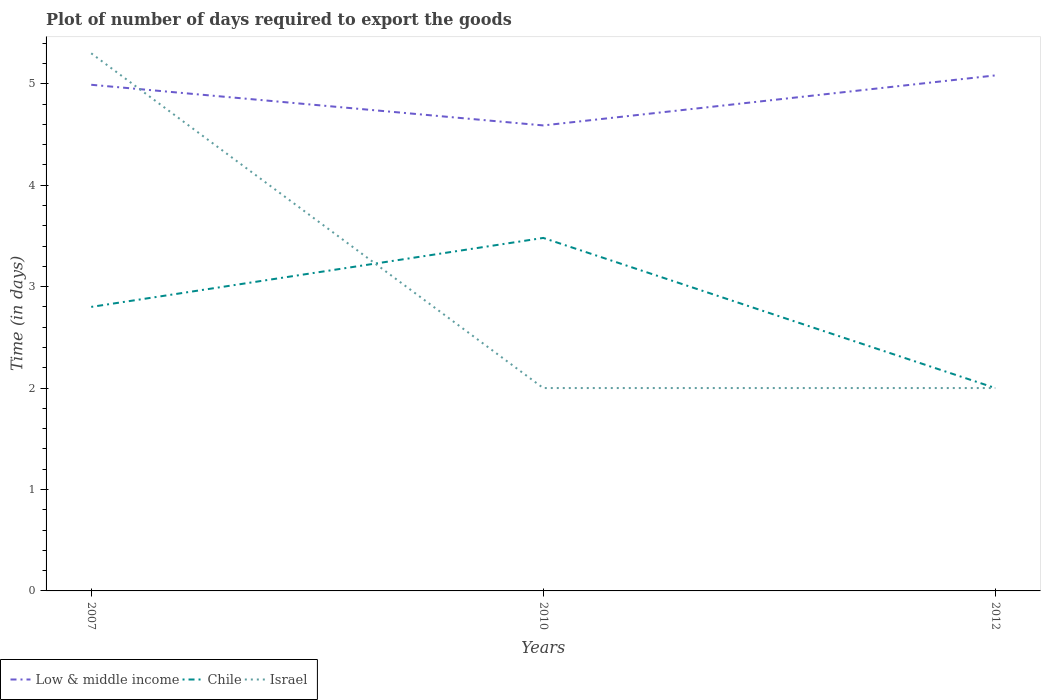
| Years | Low & middle income | Chile | Israel |
 | --- | --- | --- | --- |
 | 2007 | 4.99 | 2.8 | 5.3 |
 | 2010 | 4.59 | 3.48 | 2 |
 | 2012 | 5.08 | 2 | 2 |